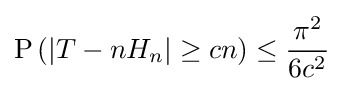
\operatorname {P} \left(|T-nH_{n}|\geq cn\right)\leq {\frac {\pi ^{2}}{6c^{2}}}